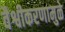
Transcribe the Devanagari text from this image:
वैश्वीकरणामुळे